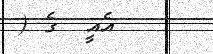
އެއީ  ގެ (